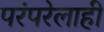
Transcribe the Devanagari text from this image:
परंपरेलाही